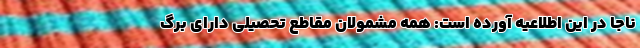
ناجا در این اطلاعیه آورده است: همه مشمولان مقاطع تحصیلی دارای برگ